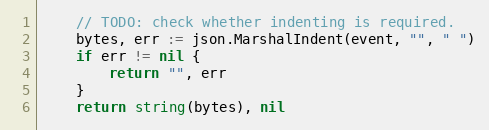
Language: Go
	// TODO: check whether indenting is required.
	bytes, err := json.MarshalIndent(event, "", " ")
	if err != nil {
		return "", err
	}
	return string(bytes), nil